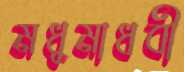
মধুমাধবী